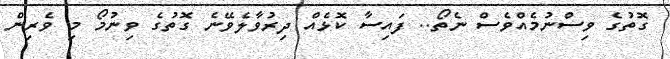
ގޮތުގެ ވިސްނުމެއްވެސް ނެތޯ.. ފައިސާ ކޮޅެއް ދިރުވާލެވޭނެ ގޮތުގެ ވިނުމޯ މި ވެރިން